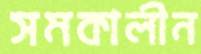
সমকালীন